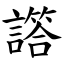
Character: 譗